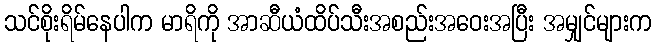
သင်စိုးရိမ်နေပါက မာရိကို အာဆီယံထိပ်သီးအစည်းအဝေးအပြီး အမျှင်များက